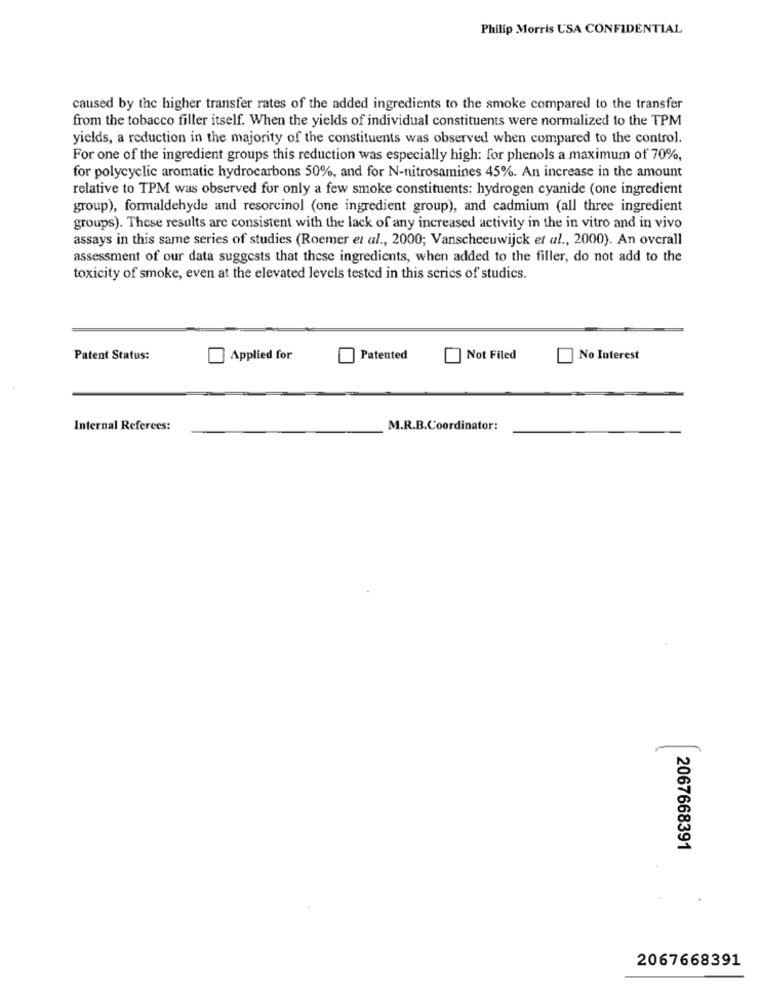
Philip Morris USA CONFIDENTIAL
caused by the higher transfer rates of the added ingredients to the smoke compared to the transfer
from the tobacco filler itself. When the yields of individual constituents were normalized to the TPM
yields, a reduction in the majority of the constituents was observed when compared to the control.
For one of the ingredient groups this reduction was especially high: for phenols a maximum of 70%,
for polycyclic aromatic hydrocarbons 50%, and for N-nitrosamines 45%. An increase in the amount
relative to TPM was observed for only a few smoke constituents: hydrogen cyanide (one ingredient
group), formaldehyde and resorcinol (one ingredient group), and cadmium (all three ingredient
groups). These results are consistent with the lack of any increased activity in the in vitro and in vivo
assays in this same series of studies (Roemer et al ., 2000; Vanscheeuwijck et al ., 2000). An overall
assessment of our data suggests that these ingredients, when added to the filler, do not add to the
toxicity of smoke, even at the elevated levels tested in this series of studics.
Patent Status:
Applied for
Patented
| Not Filed
No Interest
Internal Referees:
M.R.B.Coordinator:
2067668391
2067668391